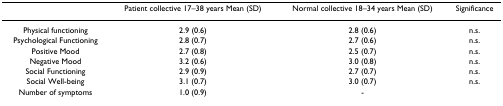
<table><thead><tr><td></td><td><b>Patient collective 17–38 years Mean (SD)</b></td><td><b>Normal collective 18–34 years Mean (SD)</b></td><td><b>Significance</b></td></tr></thead><tbody><tr><td>Physical functioning</td><td>2.9 (0.6)</td><td>2.8 (0.6)</td><td>n.s.</td></tr><tr><td>Psychological Functioning</td><td>2.8 (0.7)</td><td>2.7 (0.6)</td><td>n.s.</td></tr><tr><td>Positive Mood</td><td>2.7 (0.8)</td><td>2.5 (0.7)</td><td>n.s.</td></tr><tr><td>Negative Mood</td><td>3.2 (0.6)</td><td>3.0 (0.8)</td><td>n.s.</td></tr><tr><td>Social Functioning</td><td>2.9 (0.9)</td><td>2.7 (0.7)</td><td>n.s.</td></tr><tr><td>Social Well-being</td><td>3.1 (0.7)</td><td>3.0 (0.7)</td><td>n.s.</td></tr><tr><td>Number of symptoms</td><td>1.0 (0.9)</td><td>-</td><td></td></tr></tbody></table>